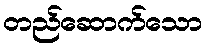
တည်ဆောက်သော